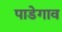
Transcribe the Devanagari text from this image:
पाडेगाव